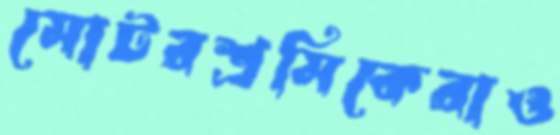
মোটরশ্রমিকেরাও